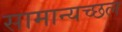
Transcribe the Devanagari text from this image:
सामान्यच्छल